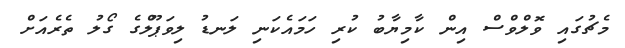
މެޗުގައި ވޮލްވްސް އިން ކާމިޔާބު ކުރި ހަމައެކަނި ލަނޑު ލިވަޕޫލްގެ ގޯލު ތެރެއަށް